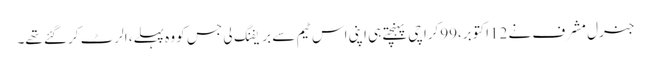
جنرل مشرف نے 12اکتوبر،99کراچی پہنچتے ہی اپنی اس ٹیم سے بریفنگ لی جس کو وہ پہلے، الرٹ کرگئے تھے۔